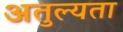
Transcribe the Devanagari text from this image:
अतुल्यता